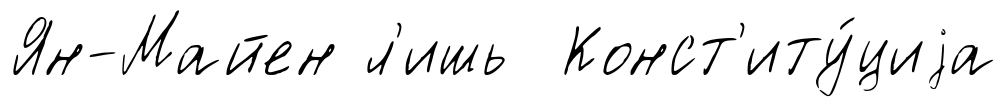
Ян-Майен л'ишь Конст'иту́циjа